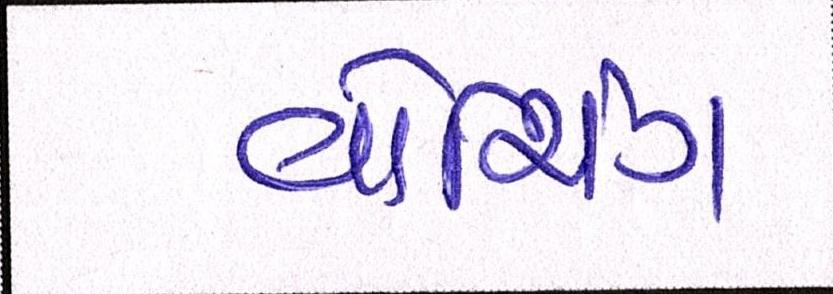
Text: વોશિંગ